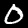
Label: 0